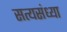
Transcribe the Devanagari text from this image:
सत्यसंध्या